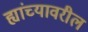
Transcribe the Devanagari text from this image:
ह्यांच्यावरील